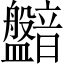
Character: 𥃛